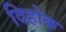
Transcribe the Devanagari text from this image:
दिहोक